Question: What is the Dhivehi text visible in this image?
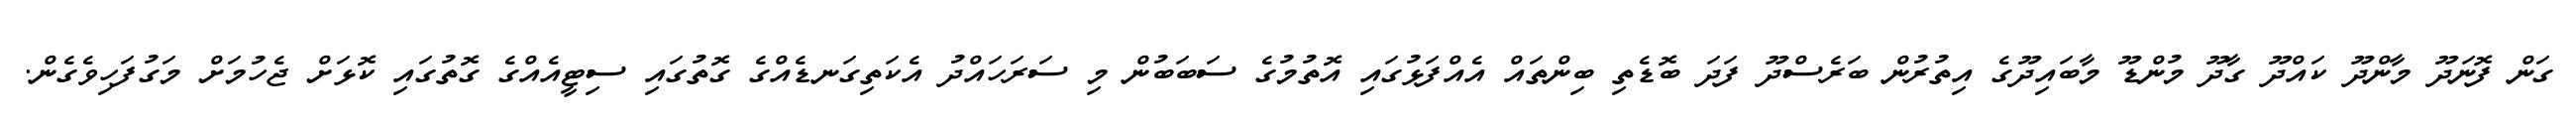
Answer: ގަން ފޮނަދޫ މާންދޫ ކައްދޫ ގާދޫ މުންޑޫ މާބައިދޫގެ އިތުރުން ބަރެސްދޫ ފަދަ ބޮޑެތި ބިންތައް އެއްފަޅުގައި އޮތުމުގެ ސަބަބުން މި ސަރަހައްދު އެކަތިގަނޑެއްގެ ގޮތުގައި ސިޓީއެއްގެ ގޮތުގައި ކޮޅަށް ޖެހުމަށް މަގުފަހިވެގެން.